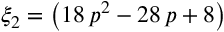
\xi _ { 2 } = \left( 1 8 \, p ^ { 2 } - 2 8 \, p + 8 \right)